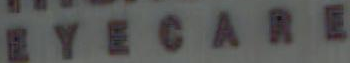
EYECARE